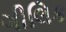
ગીલિક